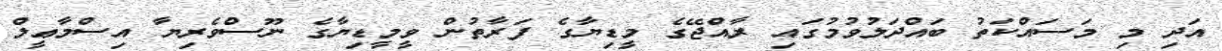
އަދި މި މަސައްކަތު ބައްދަލުވުމުގައި ރާއްޖޭގެ މީޑިޔާގެ ފަރާތުން ވީމީޑިޔާގެ ނޫސްވެރިޔާ އިސްމާޢީލް